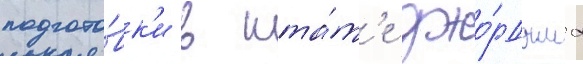
подгото́вк'и в шта́т'е джо́рджиа